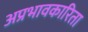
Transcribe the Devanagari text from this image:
अप्रभावकारिता